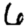
Digit: 6